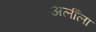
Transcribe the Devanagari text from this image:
अर्लीला